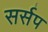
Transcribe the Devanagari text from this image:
सर्सप